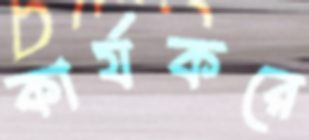
কার্যকরে